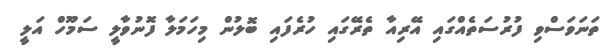
ތަނަވަސްވި ފުރުސަތެއްގައި އޭރިއާ ތެރޭގައި ހުރެފައި ބޮލުން މިހަމަލާ ފޮނުވާލީ ސަމޫހް އަލީ